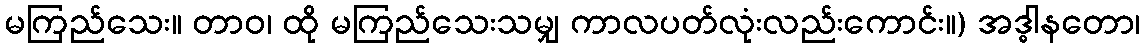
မကြည်သေး။ တာဝ၊ ထို မကြည်သေးသမျှ ကာလပတ်လုံးလည်းကောင်း။) အဒ္ဓါနတော၊